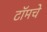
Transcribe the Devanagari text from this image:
टॉमचे